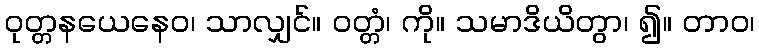
ဝုတ္တနယေနေဝ၊ သာလျှင်။ ဝတ္တံ၊ ကို။ သမာဒိယိတွာ၊ ၍။ တာဝ၊